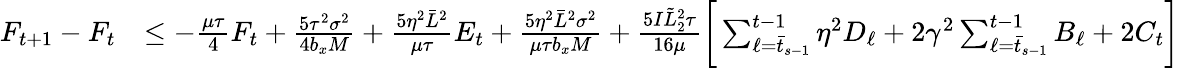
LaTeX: \begin{array}{rl}{F_{t+1}-F_{t}}&{\leq-\frac{\mu\tau}{4}F_{t}+\frac{5\tau^{2}\sigma^{2}}{4b_{x}M}+\frac{5\eta^{2}\bar{L}^{2}}{\mu\tau}E_{t}+\frac{5\eta^{2}\bar{L}^{2}\sigma^{2}}{\mu\tau b_{x}M}+\frac{5I\tilde{L}_{2}^{2}\tau}{16\mu}\bigg[\sum_{\ell=\bar{t}_{s-1}}^{t-1}\eta^{2}D_{\ell}+2\gamma^{2}\sum_{\ell=\bar{t}_{s-1}}^{t-1}B_{\ell}+2C_{t}\bigg]}\end{array}